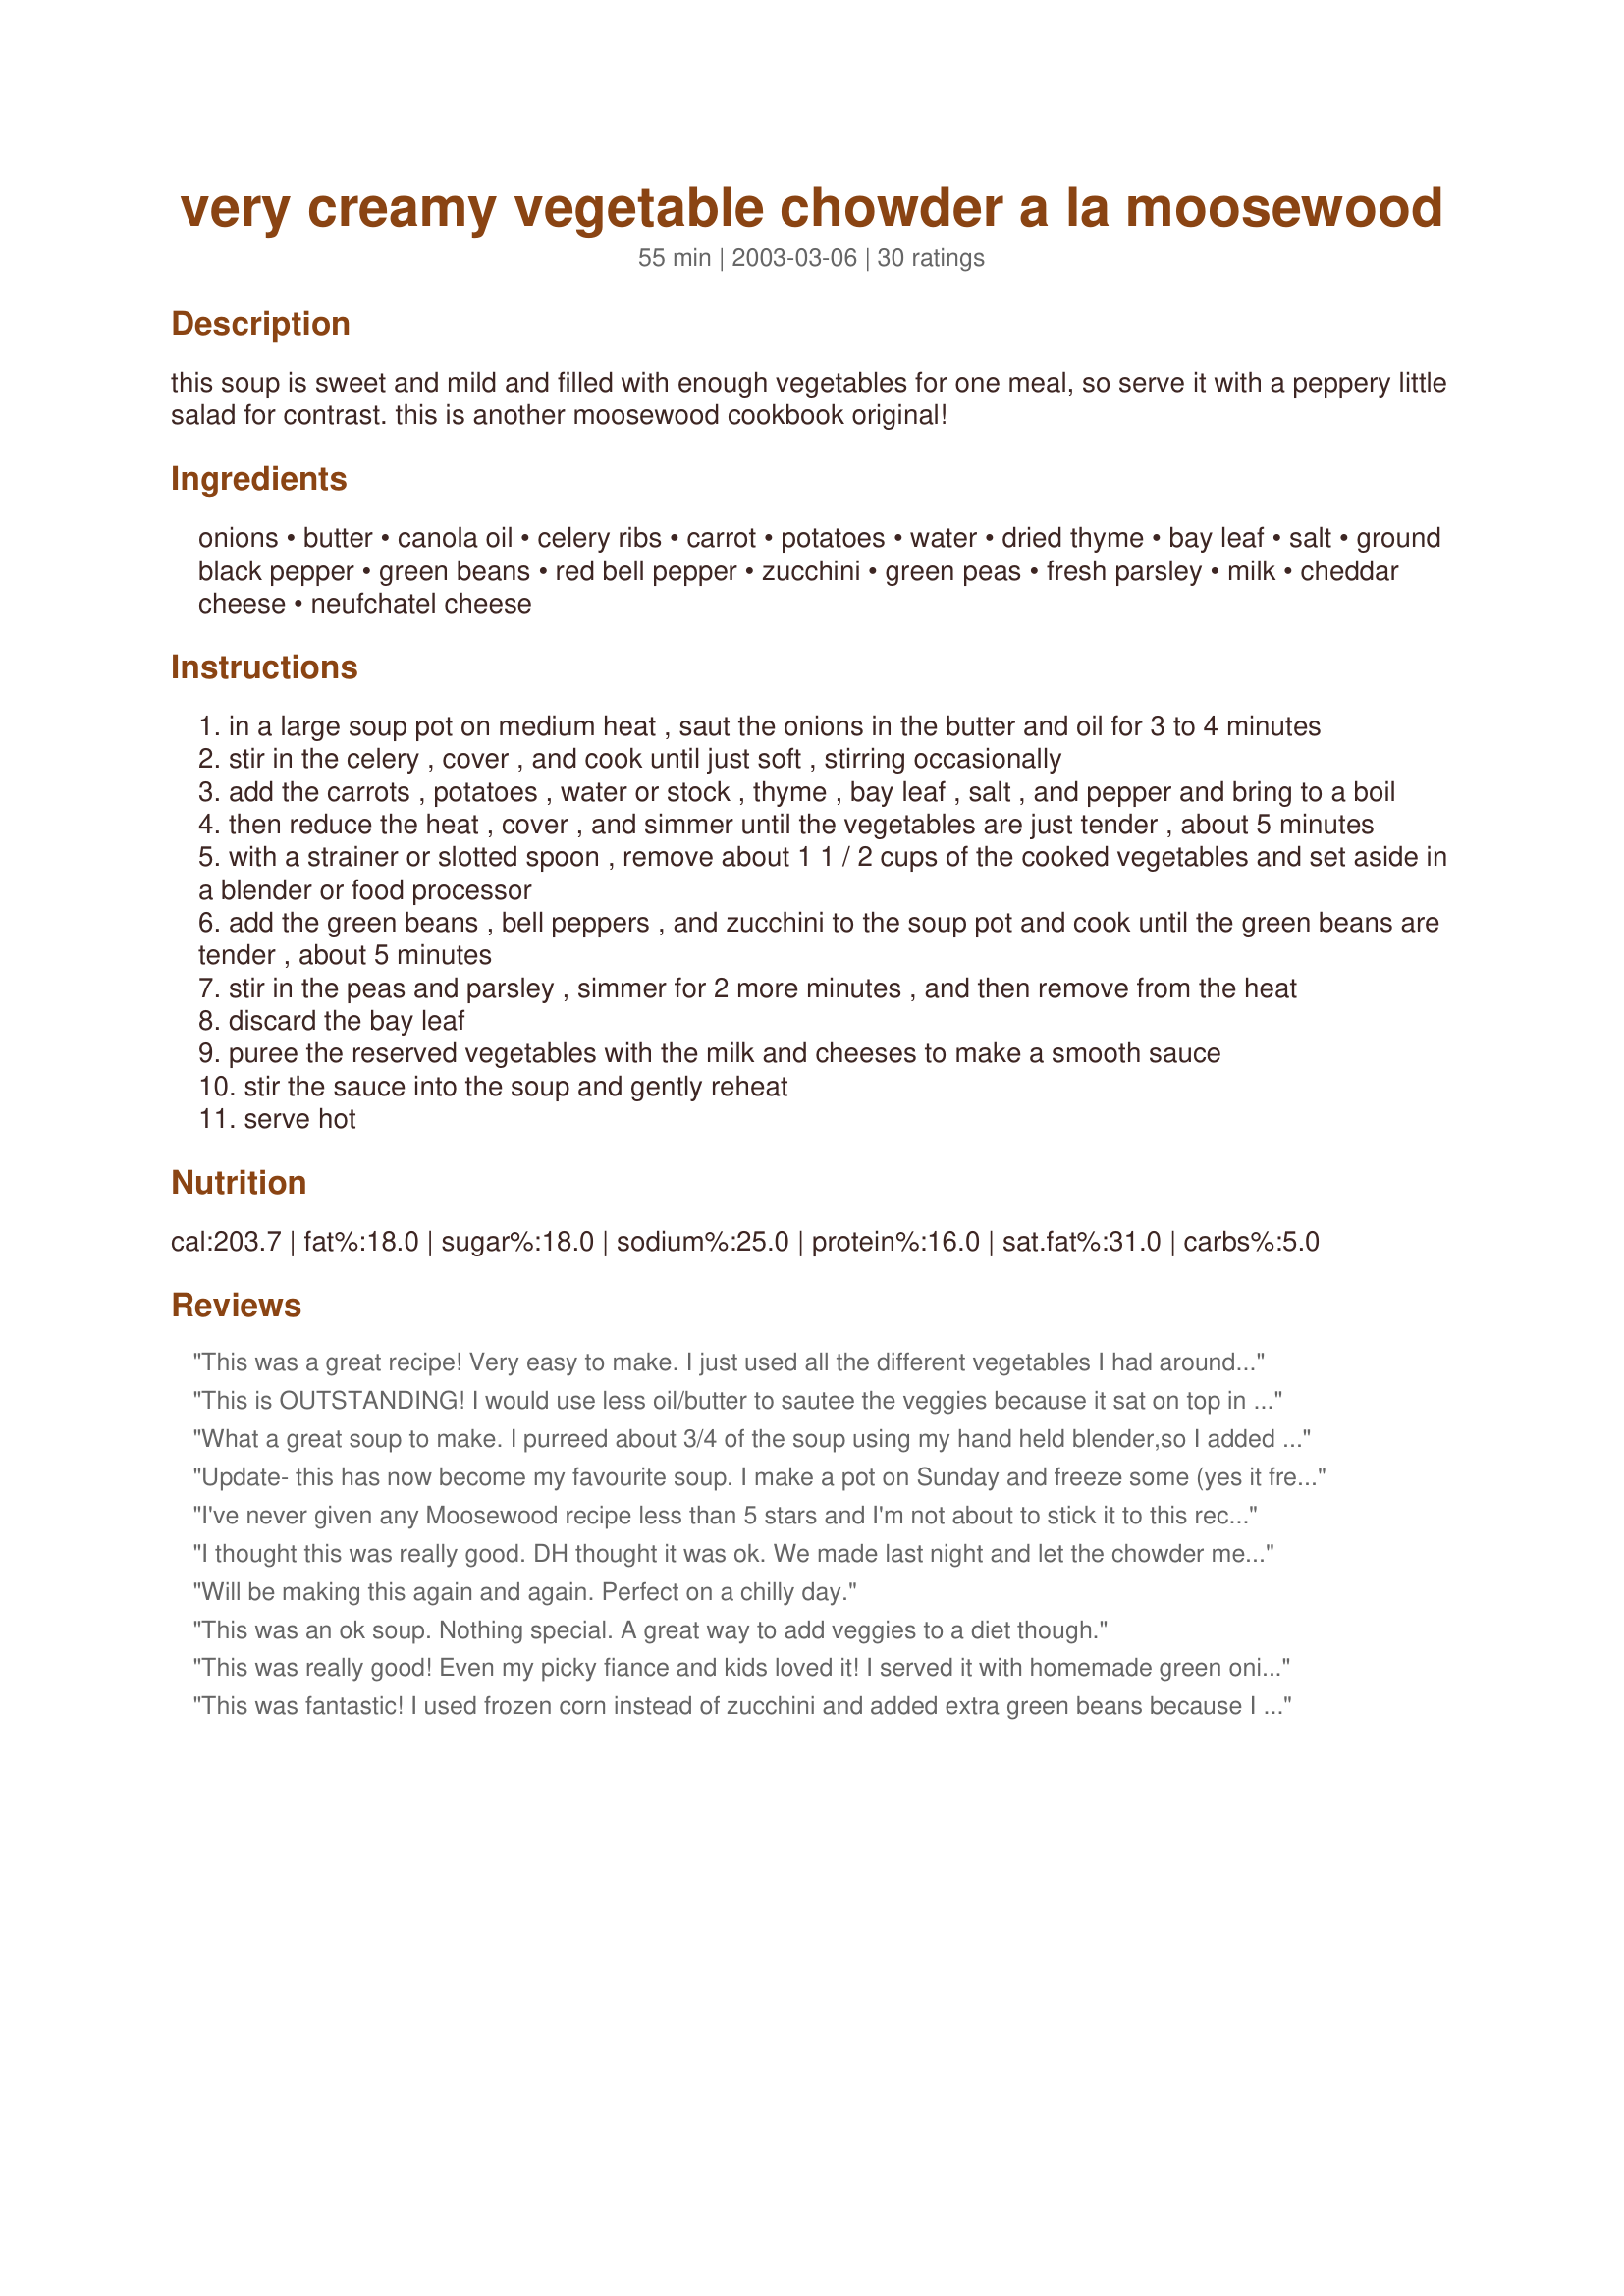
very creamy vegetable chowder a la moosewood
Preparation time: 55 minutes

this soup is sweet and mild and filled with enough vegetables for one meal, so serve it with a peppery little salad for contrast. this is another moosewood cookbook original!

Ingredients:
onions, butter, canola oil, celery ribs, carrot, potatoes, water, dried thyme, bay leaf, salt, ground black pepper, green beans, red bell pepper, zucchini, green peas, fresh parsley, milk, cheddar cheese, neufchatel cheese

Steps:
in a large soup pot on medium heat , saut the onions in the butter and oil for 3 to 4 minutes
stir in the celery , cover , and cook until just soft , stirring occasionally
add the carrots , potatoes , water or stock , thyme , bay leaf , salt , and pepper and bring to a boil
then reduce the heat , cover , and simmer until the vegetables are just tender , about 5 minutes
with a strainer or slotted spoon , remove about 1 1 / 2 cups of the cooked vegetables and set aside in a blender or food processor
add the green beans , bell peppers , and zucchini to the soup pot and cook until the green beans are tender , about 5 minutes
stir in the peas and parsley , simmer for 2 more minutes , and then remove from the heat
discard the bay leaf
puree the reserved vegetables with the milk and cheeses to make a smooth sauce
stir the sauce into the soup and gently reheat
serve hot

Reviews:
This was a great recipe! Very easy to make. I just used all the different vegetables I had around and cheeses that I had and it turned out great. Mine did take a little longer to cook, but it was nice and satisfying without being too heavy!
This is OUTSTANDING! I would use less oil/butter to sautee the veggies because it sat on top in the end. I used frozen peas, green beans, and a zucchini/squash medley. I used canned diced potatoes. Everything else was fresh and followed directions exactly. Easy to make, great flavor. Soup isn't thick or heavy... it's just right. A new keeper to make for visiting guests!!
What a great soup to make. I purreed about 3/4 of the soup using my hand held blender,so I added the milk and cheese directly into the pot. I left out the thyme, zucchini and green peas and added extra gr beans and carrots. My 12 year old who does not like many vegetables asked for thirds of this soup! Thanks for the recipe.
Update- this has now become my favourite soup. I make a pot on Sunday and freeze some (yes it freezes fine) and use it through the week. Thank you! 
mmmm I thought this was lovely, YUM YUM YUM. Thanks for this great recipe. I just added some mushrooms and some chilli flakes as well. Really really good! Will be making this loads :-)
I've never given any Moosewood recipe less than 5 stars and I'm not about to stick it to this recipe. It was terrific. Oh, and I made it a tad more healthful by using only 1 cup of low fat milk and fat free cream cheese. The cheddar was full fat. This was creamy because the milk and cheeses were blended together. If they had not been blended, I'm certain the cheese would have melted and stayed at the bottom of the pan. This could also have been avoided if you used a processed cheese such as Velveeta, but many people are not Velveeta fans. P.S. I substituted corn for peas because it was what I had on hand. I think I reduced the butter and oil a bit too.
I thought this was really good. DH thought it was ok. We made last night and let the chowder meld for lunch today. My vegetable broth was unsalted and therefore, I thought the chowder needed quite a bit of added salt for flavor. Thanks for posting. This was enjoyed.
Will be making this again and again. Perfect on a chilly day.
This was an ok soup. Nothing special. A great way to add veggies to a diet though.
This was really good! Even my picky fiance and kids loved it! I served it with homemade green onion bread to dip in it

I was making about 6 other things at the same time and forgot to miz the milk with the cheeses! I just added it right into the soup, heated and it was still fine.

I also had just made make ahead mashed potatoes, so I put a spoonful in the soup to thicken it up a little.

I think next time I'll make it with extra sharp cheddar, or garlic and onion cheddar.

This one is a keeper!
This was fantastic! I used frozen corn instead of zucchini and added extra green beans because I wanted to use them up. I think you could probably use whatever vegetables you like in this recipe as long as you use a variety. It was so delicious and creamy...I will make it over and over again!
Very tasty, even the carnivore hubby loved it, and no processed cheese.
totally yummy and best veggie chowder ever! serving size is really 4 main dish bowls or 8 side dish bowls. 2 c onions = 1 medium-large onion; 1 c carrot = 2 carrots; 1.5 c potatoes = 2 medium potatoes; 1 c zucchini = 1 small zucchini. If use maggie brand veggie stock dilute it as it's too strong/salty by itself. Less salt is ok if using veggie stock instead of water. Canned green beans is fine but add them when adding the peas. Can add any other veggies, but rsuggest add 1/2 c. chopped mushrooms when add peas. Use sharp cheddar cheese, shredded is fine instead of grated. Serve with crusty french bread, garlic bread, cornbread, or sandwhiches (like egg salad).
Everything about it was awsome
....and in my dream, I was eating this wonderful, warming, creamy chowder.... oh wait, pinch me, that wasn't a dream, it was for real. Seriously, I find this chowder to be a great hit and the first thing I think of when I'm craving comfort food. I use an organic vegetable broth, and add all kinds of veggies that I find in my refrigerator. However, I do leave out the peas, personal preference. I try different cheeses, depending on what I have and add some leeks. I simmer this low and slow for an hour or so. I think you could just about add any veggie you like and even add some cooked chicken. Thanks for posting.
this turned out delicious. will definitely be making it again. actually i have to confess, this is the first time i have ever made a soup myself and thanks to you, it's turned out to be very memorable:)
I made this last night for a small gathering of friends and family. Everyone loved it! Based on some of the comments from other reviewers about the soup being bland, I added a little cayenne pepper and used sharp cheddar cheese. This is simple comfort food at its best. Thanks for posting Tish! (I tried to give this five stars, but I can't get it to work)
Fantastic! Even my family who don't really care for vegetables liked it! Thank you for sharing this recipe. We will make it often.
Delicious! I also added 1 additional cup each of corn and diced red potato.
YUMMY as can be!
So healthy, delish for me!
Makes you feel good to make!
For YOUR OWN health...good for goodness sake!
Exactly what was looking for today!
Makes me FEEL better is a veggie way!
THANKS!
I made this a while ago and forgot to rate it. It was absolutely delicious. I did make a couple of minor changes though. We had bbq seafood skewers leftover from the night before that I added at the last minute to heat through. (shrimp, scallops, monkfish) They were basted with a very hot sauce. What an amazing flavour it gave the soup. I used chicken broth instead of water, used evaporated milk for a little bit of a thicker soup and omitted the cheese. We loved it. I will definitely make this again.
A really delicious soup. I was surprised at how flavorful it was -- and so was my husband, who wasn't particularly happy about being served only vegetable chowder and homemade crackers for dinner tonight. That is, until he tatsed it -- he loved it too. I followed the recipe pretty much as written, except to use 1 C. skim milk and 1 C. fat-free evaporated milk; I used 1 cup nonfat grated cheese, and 2 oz. of light cream cheese. Great soup, particularly on a night when it's 8 degrees outside, with 50 mph winds!
Yummy! The technique of blending the cooked veggies with creamcheese and milk produced an outstandingly smooth soup! I re-seasoned my soup after re-adding the puree, putting in more salt and pepper and a pinch of cayenne for some heat. A real winner, and produced a restaurant quality result!
I highly recommend making this with fresh vegetables. The first time I made it, I tried to cheat and use frozen, but it just watered down the soup and made it very bland. Fresh vegetables are always best, but especially in this soup!
OH MAN,This soup is still dancing across my tongue!!Even though I have every other vegetarian cook book known to man (so my DH says),I don't have the classic, Moosewood.I can see I really am going to have to get it!!Thanks for posting this WONDERFUL soup,Tish!!
Tasty! I just added whatever veggies were in my fridge-- onion, carrot, eggplant, red and yellow peppers, sweet potatoes, regular potatoes etc. I substituted goat cheese and rice milk, and added a pinch of cayenne for a bit of zing. Also, I didn't puree any of it and ate it chunky style and it was still oh so tasty!
I was going to rate this 4 stars because it is quite mild, but then I re-read the chef's comments, which very clearly state that this is mild and sweet, and it is good taking that into consideration, so here's the full 5 for you! I have to admit, I did omit the zucchini, but upped the amounts of some of the other veggies (celery, bell pepper, green beans and peas) to compensate for the loss in volume. Very tasty with lots of veggie flavor and lovely colors. I liked that you took out some of the veggies and pureed them- I did this with the cheeses, but seperately from the milk and just added milk directly to the pot (I think I probably added a little less milk, 1 or 1 1/2 cups as we do like a thicker chowder). The potatoes had broken down pretty much, so we added after having a bowl, about 3/4 cup cooked brown rice we had sitting in the fridge, which really added to the texture and gave it a nice bit of grainy flavor. BF ate like 5 bowls and kept mmmming, so he likes it! I did find it a little excessively mild and sweet, but it is lovely and creamy as well and I am sure, as suggested, it would be fabulous with a "peppery little salad." This is tummy and heart-warming and I'm sure it would have great appeal to people more adverse to vegetarian food and maybe even the younger crowd, if you can convince them that green beans are okay! Thanks for posting.
This is delicious. Added a can of northern beans for some protein, skipped the cheddar to cut down on calories, skipped the parsley as I didn't have any, subbed 1/4 c cottage cheese for the cream cheese and used water instead of stock to cut down on salt. Very tasty and flavorful soup! Thanks!
This was a good, but mild, as Tish stated, chowder. It took me longer than the 15 minutes as stated in the recipe for prep time. I did not have any zuchinni so I put frozen corn kernels in as a substitute. The chowder was very eye appealing, tasty and had a real nice velvety texture. Thanks for sharing your recipe Tish!
This was really delicious! Made as written except that I didn't have fresh parsley so just left it out. I was happy to see that it freezes well because I want to take it to my son who is vegetarian! Thank you for posting.
my friend teri made us this soup when my son was born. what a fantastic welcome!
